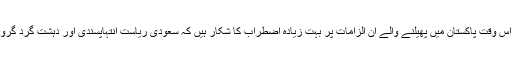
ان کے بقول سعودی حکام اس وقت پاکستان میں پھیلنے والے ان الزامات پر بہت زیادہ اضطراب کا شکار ہیں کہ سعودی ریاست انتہاپسندی اور دہشت گرد گروپس کو فنڈنگ کررہی ہے۔